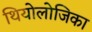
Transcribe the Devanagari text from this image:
थियोलोजिका